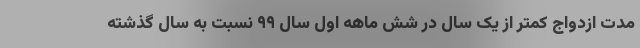
مدت ازدواج کمتر از یک سال در شش ماهه اول سال ۹۹ نسبت به سال گذشته